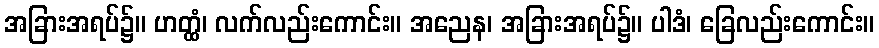
အခြားအရပ်၌။ ဟတ္ထံ၊ လက်လည်းကောင်း။ အညေန၊ အခြားအရပ်၌။ ပါဒံ၊ ခြေလည်းကောင်း။